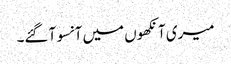
میری آنکھوں میں آنسو آ گئے۔